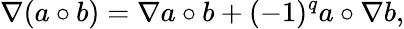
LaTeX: \nabla(a\circ b)=\nabla a\circ b+(-1)^{q}a\circ\nabla b,